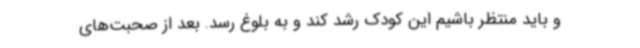
و باید منتظر باشیم این کودک رشد کند و به بلوغ رسد. بعد از صحبت‌های